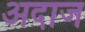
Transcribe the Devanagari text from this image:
अदाज